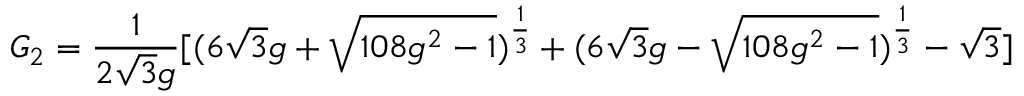
G _ { 2 } = \frac { 1 } { 2 \sqrt { 3 } g } [ ( 6 \sqrt { 3 } g + \sqrt { 1 0 8 g ^ { 2 } - 1 } ) ^ { \frac { 1 } { 3 } } + ( 6 \sqrt { 3 } g - \sqrt { 1 0 8 g ^ { 2 } - 1 } ) ^ { \frac { 1 } { 3 } } - \sqrt { 3 } ]